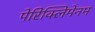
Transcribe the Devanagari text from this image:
पेरिक्लिमेनम